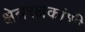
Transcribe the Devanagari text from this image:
क्षेत्ररक्षकांशी